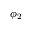
\phi _ { 2 }